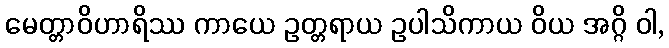
မေတ္တာဝိဟာရိဿ ကာယေ ဥတ္တရာယ ဥပါသိကာယ ဝိယ အဂ္ဂိ ဝါ,